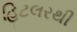
હિટલરથી